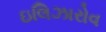
ઇલિઝારોવ